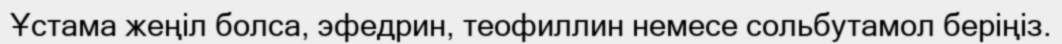
Ұстама жеңіл болса, эфедрин, теофиллин немесе сольбутамол беріңіз.